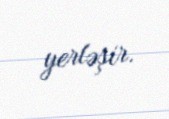
yerləşir.